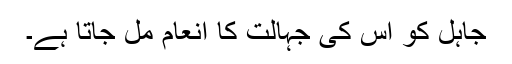
جاہل کو اس کی جہالت کا انعام مل جاتا ہے۔